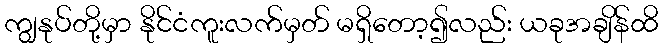
ကျွနုပ်တို့မှာ နိုင်ငံကူးလက်မှတ် မရှိတော့၍လည်း ယခုအချိန်ထိ